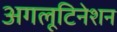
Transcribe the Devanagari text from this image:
अगलूटिनेशन